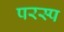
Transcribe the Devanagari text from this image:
परस्प